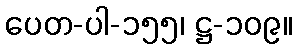
ပေတ-ပါ-၁၅၅၊ ဋ္ဌ-၁၀၉။